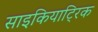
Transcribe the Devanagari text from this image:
साइकियाट्रिक